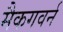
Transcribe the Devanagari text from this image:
मैकगवर्न